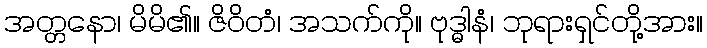
အတ္တနော၊ မိမိ၏။ ဇိဝိတံ၊ အသက်ကို။ ဗုဒ္ဓါနံ၊ ဘုရားရှင်တို့အား။